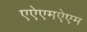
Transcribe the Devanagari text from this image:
एऐएमऐएम